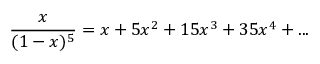
{ \frac { x } { ( 1 - x ) ^ { 5 } } } = x + 5 x ^ { 2 } + 1 5 x ^ { 3 } + 3 5 x ^ { 4 } + . . .